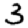
Digit: 3